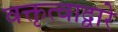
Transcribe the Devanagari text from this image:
वक्तृत्वाद्वारे